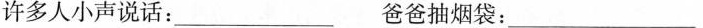
许多人小声说话：___ 爸爸抽烟袋：___